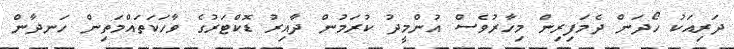
ދަރިއަކު ހޯދަން ދެމަފިރިން މިހާރުވެސް އުންމީދު ކުރަމުން ދާއިރު ޑޮކްޓަރުގެ ވާހަކަތައްމަތިން ހަނދާން